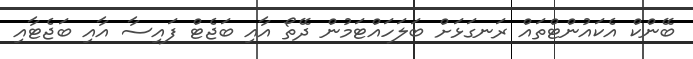
ބޭންކް އެކައުންޓްތައް ރަނގަޅަށް ބަލަހައްޓަމުން ދޭތޯ އާއި ބަޖެޓް ފައިސާ އާއި ބަޖެޓާއި